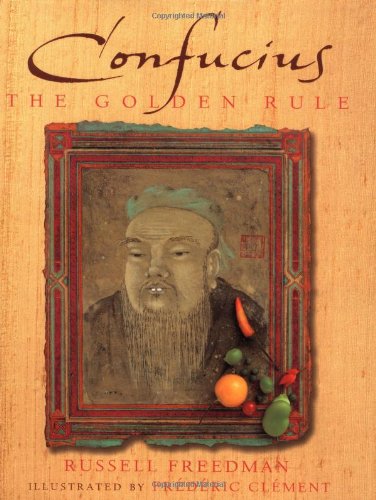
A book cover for Confucius: The Golden Rule; Russell Freedman; Children's Books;